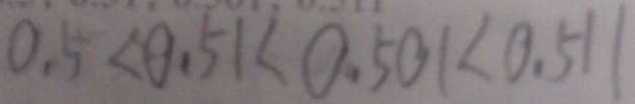
0 . 5 < 0 . 5 1 < 0 . 5 0 1 < 0 . 5 1 1